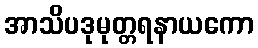
အာသိပဒုမုတ္တရနာယကော